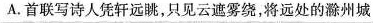
A.首联写诗人凭轩远眺，只见云遮雾绕，将远处的滁州城